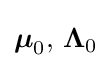
\mathbf {\boldsymbol {\mu }} _{0},\,{\boldsymbol {\Lambda }}_{0}